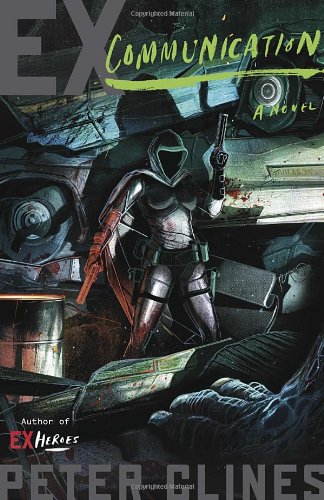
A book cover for Ex-Communication: A Novel (Ex-Heroes); Peter Clines; Science Fiction & Fantasy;